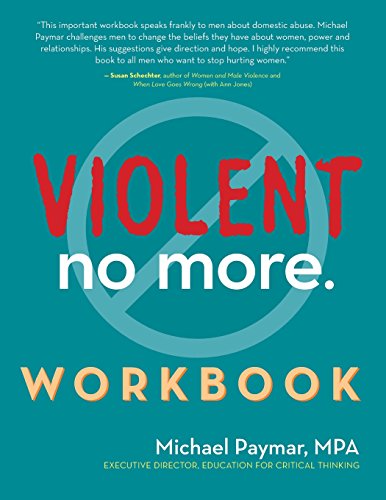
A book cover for Violent No More Workbook; Michael Paymar; Self-Help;